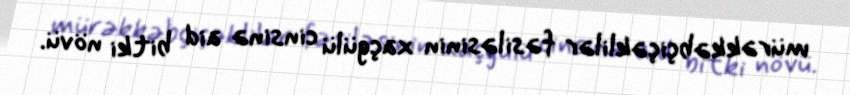
mürəkkəbçiçəklilər fəsiləsinin xaçgülü cinsinə aid bitki növü.